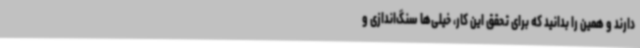
دارند و همین را بدانید که برای تحقق این کار، خیلی‌ها سنگ‌اندازی و